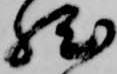
然